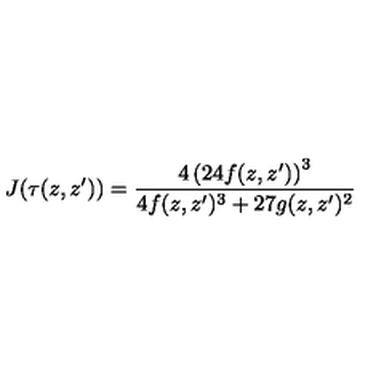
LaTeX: J ( \tau ( z , z ^ { \prime } ) ) = \frac { 4 \left( 2 4 f ( z , z ^ { \prime } ) \right) ^ { 3 } } { 4 f ( z , z ^ { \prime } ) ^ { 3 } + 2 7 g ( z , z ^ { \prime } ) ^ { 2 } }